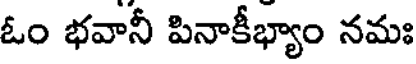
ఓం భవానీ పినాకీభ్యాం నమః